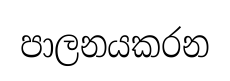
පාලනයකරන